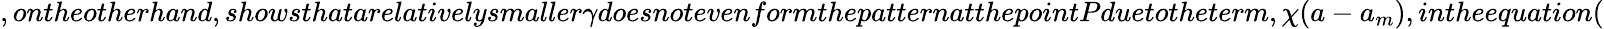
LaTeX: ,ontheotherhand,showsthatarelativelysmaller\gamma doesnotevenformthepatternatthepointPduetotheterm,\chi(a-a_{m}),intheequation(